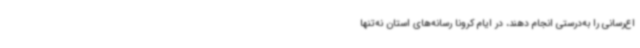
اع‌رسانی را به‌درستی انجام دهند، در ایام کرونا رسانه‌های استان نه‌تنها